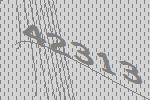
42313